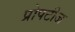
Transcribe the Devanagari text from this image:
प्रोपटीज